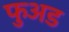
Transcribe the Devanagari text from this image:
फुअड